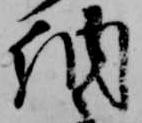
納